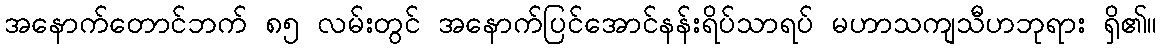
အနောက်တောင်ဘက် ၈၅ လမ်းတွင် အနောက်ပြင်အောင်နန်းရိပ်သာရပ် မဟာသကျသီဟဘုရား ရှိ၏။